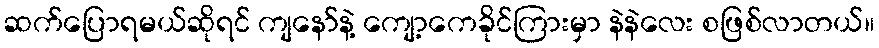
ဆက်ပြောရမယ်ဆိုရင် ကျနော်နဲ့ ကျော့ကေခိုင်ကြားမှာ နဲနဲလေး စဖြစ်လာတယ်။